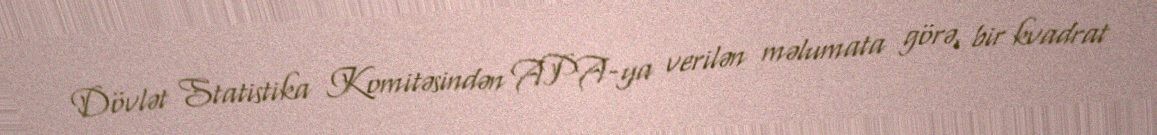
Dövlət Statistika Komitəsindən APA-ya verilən məlumata görə, bir kvadrat